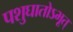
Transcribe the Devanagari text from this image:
पशुघातोऽभूत्‌